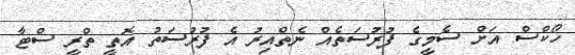
ހޯކްސް އަށް ސެމީގެ ފުރުސަތެއް ނެތްއިރު އެ ފުރުސަތު އޮތީ ތްރީ ސްޓާ